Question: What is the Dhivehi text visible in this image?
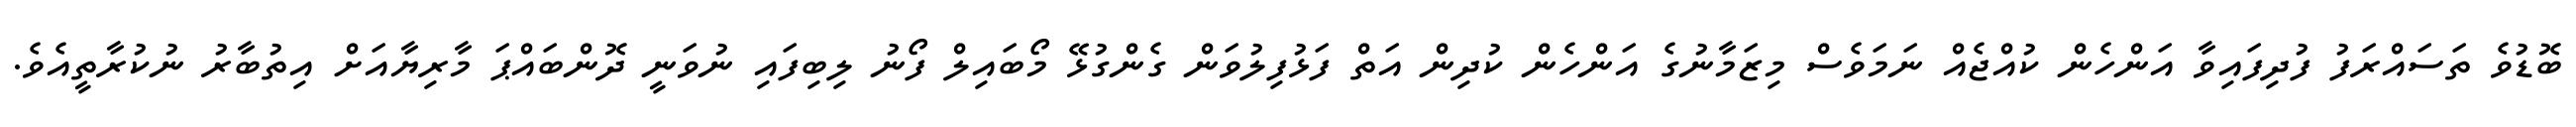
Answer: ބޮޑުވެ ތަސައްރަފު ފުދިފައިވާ އަންހެން ކުއްޖެއް ނަމަވެސް މިޒަމާނުގެ އަންހެން ކުދިން އަތް ފަޅުފިލުވަން ގެންގުޅޭ މޯބައިލް ފޯނު ލިބިފައި ނުވަނީ ދޮންބައްޕަ މާރިޔާއަށް އިތުބާރު ނުކުރާތީއެވެ.